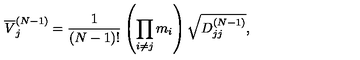
\overline { { V } } _ { j } ^ { ( N - 1 ) } = \frac { 1 } { ( N - 1 ) ! } \left( \prod _ { i \neq j } ^ { } m _ { i } \right) \sqrt { D _ { j j } ^ { ( N - 1 ) } } ,